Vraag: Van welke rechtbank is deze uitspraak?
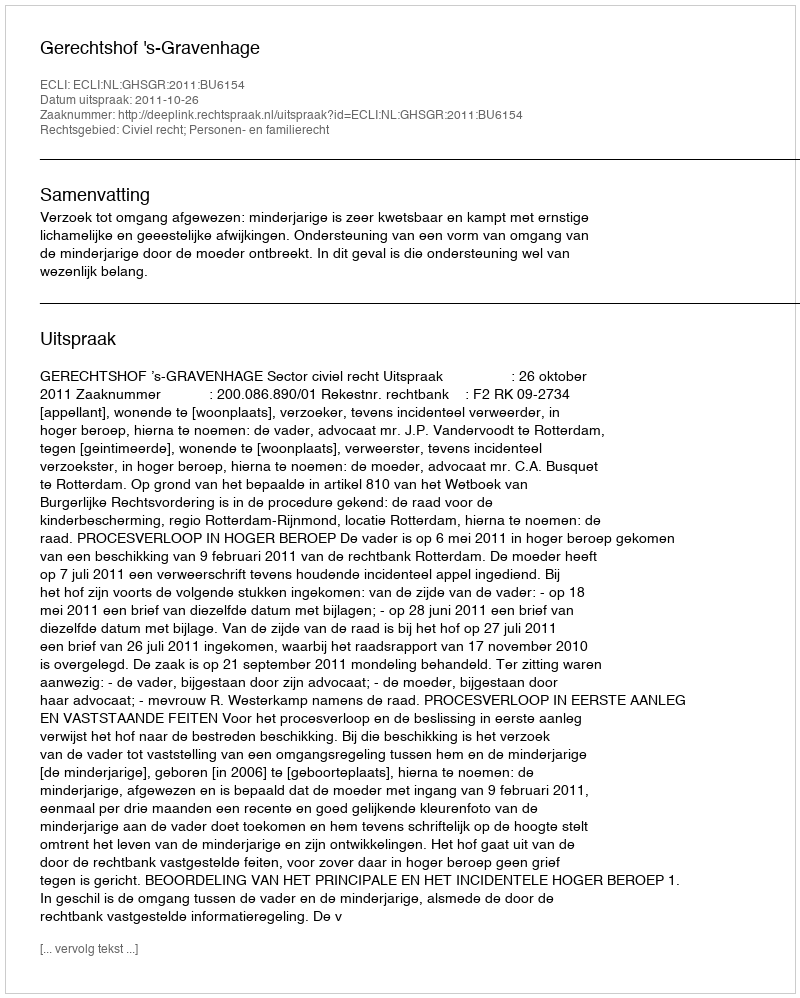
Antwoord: Gerechtshof 's-Gravenhage